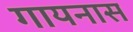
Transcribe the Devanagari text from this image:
गायनास